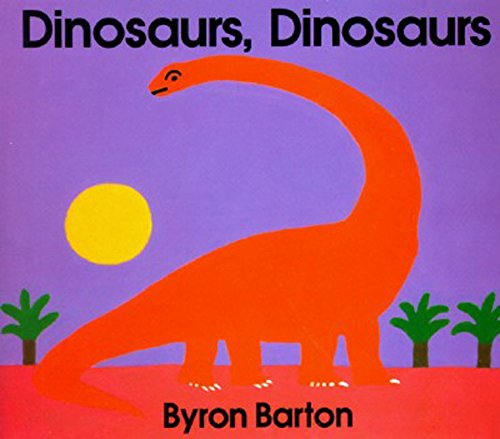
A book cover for Dinosaurs, Dinosaurs; Byron Barton; Children's Books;